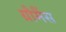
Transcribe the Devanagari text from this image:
ग्रौमैंस